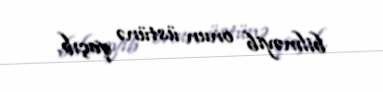
bilməyib onun üstünə qaçıb.